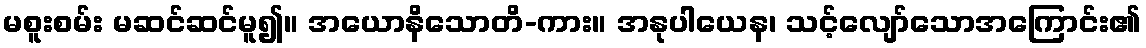
မစူးစမ်း မဆင်ဆင်မူ၍။ အယောနိသောတိ-ကား။ အနုပါယေန၊ သင့်လျော်သောအကြောင်း၏